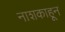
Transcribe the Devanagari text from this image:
नाशकाहून